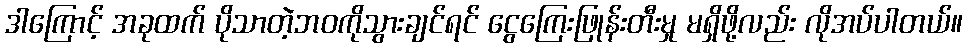
ဒါကြောင့် အခုထက် ပိုသာတဲ့ဘဝကိုသွားချင်ရင် ငွေကြေးဖြုန်းတီးမှု မရှိဖို့လည်း လိုအပ်ပါတယ်။